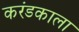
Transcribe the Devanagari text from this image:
करंडकाला